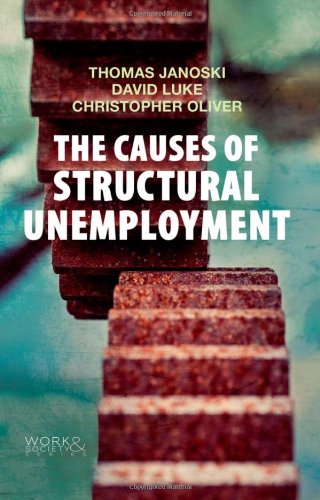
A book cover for The Causes of Structural Unemployment: Four Factors that Keep People from the Jobs they Deserve (Work & Society); Thomas Janoski; Business & Money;